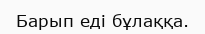
Барып еді бұлаққа.